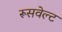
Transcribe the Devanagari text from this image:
रूसवेल्ट